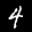
Label: 4